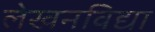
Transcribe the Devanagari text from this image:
लेखनविद्या